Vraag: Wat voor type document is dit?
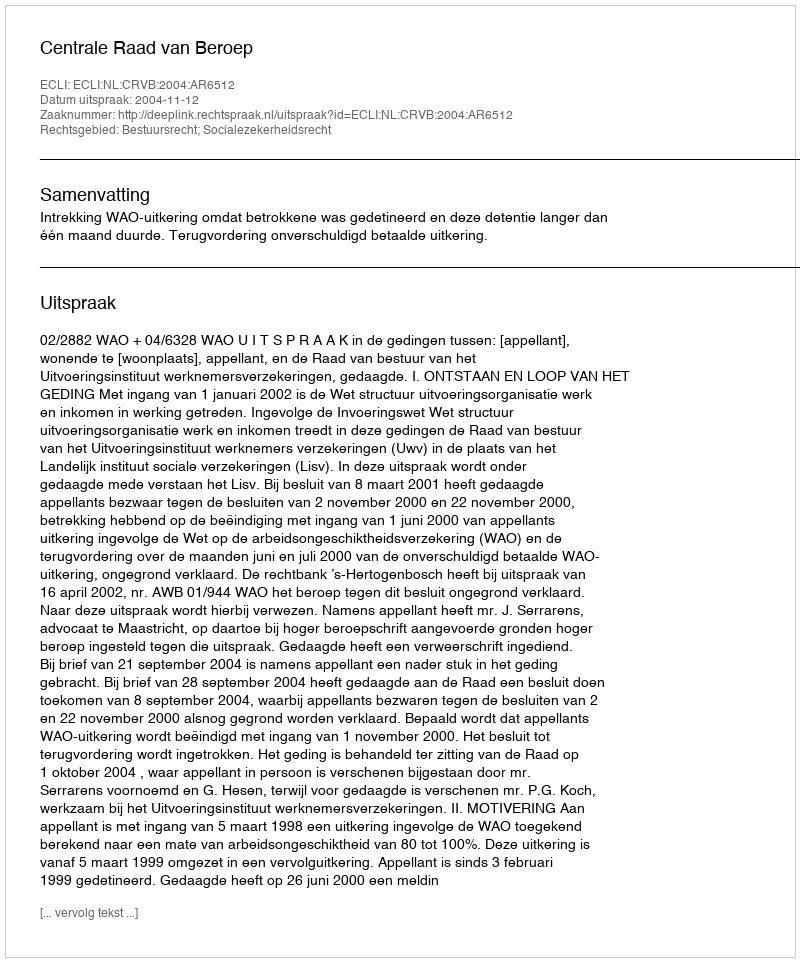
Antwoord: Uitspraak